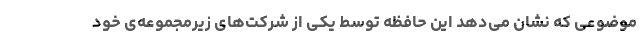
موضوعی که نشان می‌دهد این حافظه توسط یکی از شرکت‌های زیرمجموعه‌ی خود